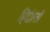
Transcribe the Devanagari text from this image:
हिंदोस्ताँ